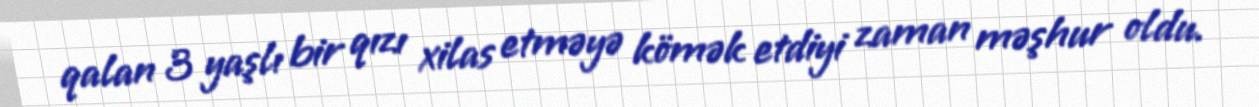
qalan 3 yaşlı bir qızı xilas etməyə kömək etdiyi zaman məşhur oldu.